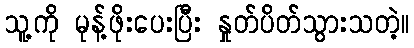
သူ့ကို မုန့်ဖိုးပေးပြီး နှုတ်ပိတ်သွားသတဲ့။